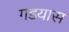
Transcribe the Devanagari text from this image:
गडयास